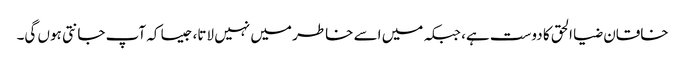
خاقان ضیا الحق کا دوست ہے، جبکہ میں اسے خاطر میں نہیں لاتا، جیسا کہ آپ جانتی ہوں گی۔